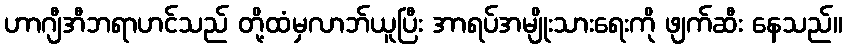
ဟာဂျီအီဘရာဟင်သည် တို့ထံမှလာဘ်ယူပြီး အာရပ်အမျိုးသားရေးကို ဖျက်ဆီး နေသည်။